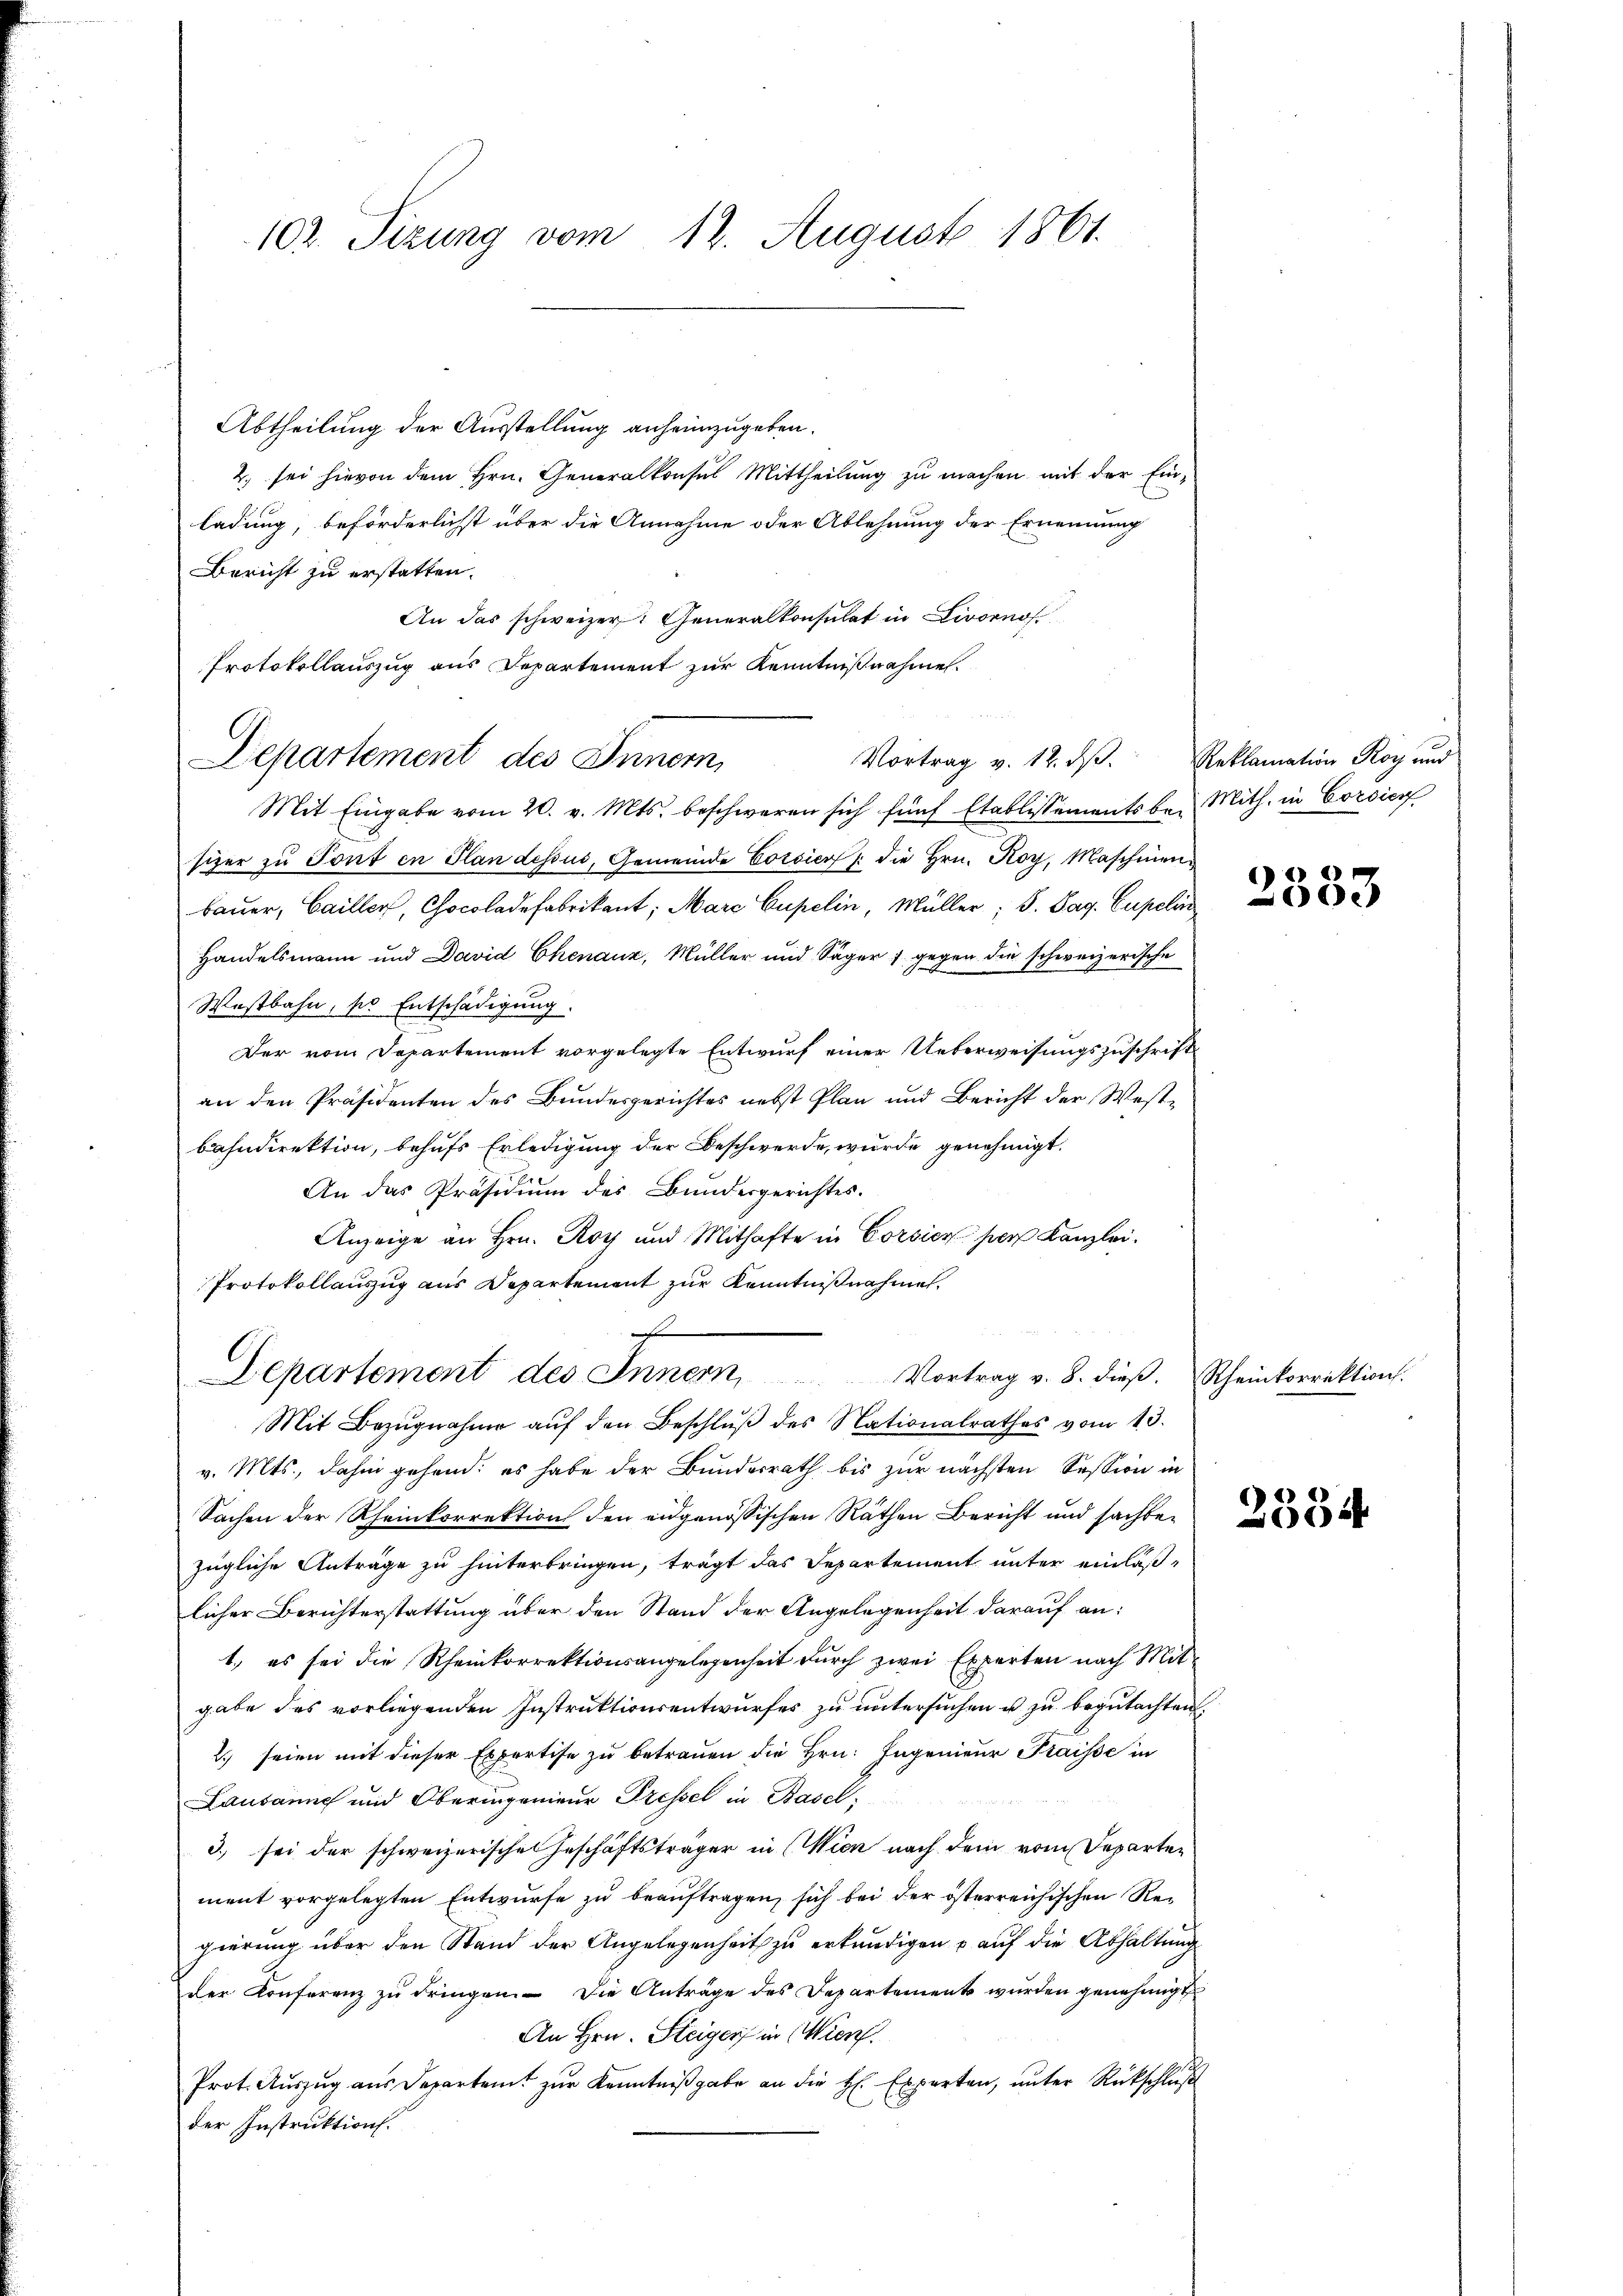
102. Sizung vom 12. August 1861.

Abtheilung der Ausstellung anheimzugeben.
2) sei hievon dem Hrn. Generalkonsul Mittheilung zu machen mit der Einladung, beförderlichst über die Annahme oder Ablehnung der Ernennung
Bericht zu erstatten.
An das schweizer: Generalkonsulat in Livorno
Protokollauszug aus Departement zur Kenntnißnahme.
Mit Eingabe vom 20. v. Mts. beschweren sich fünf Etablissements bei Mith. in Corsicof
sizer zu Tout in Plan dessus, Gemeinde Corsier /: die Hrn. Koy, Maschinen
bauer, Cailler, Chocoladefabrikant, Marc Cupelin, Müller; S. Pag. Cupelin
Handelsmann und David Chenauz, Müller und Säger  gegen die schweizerische
Westbahn, pr Entschädigung.
Der vom Departement vorgelegte Entwurf einer Ueberweisungszuschrift
an den Präsidenten des Bundesgerichtes nebst Plan und Bericht der Westbahndirektion, behufs Erledigung der Beschwerde, wurde genehmigt.
An das Präsidium des Bundesgerichtes.
Anzeige an Hrn. Roy und Mithafte in Corsier per Kanzlei.
Protokollauszug aus Departement zur Kenntnißnahmen.
f
Departement des Inner
Vortrag v. 8. dieß. Rheinkorrektion.
Mit Bezŭgnahme aŭf den Beschlŭβ des Nationalrathes vom 13.
v. Mts., dahin gehend: es habe der Bundesrath bis zur nächsten Session in
Sachen der Rheinkorrektion den eidgenössischen Räthen Bericht und sachten
zügliche Anträge zu hinterbringen, trägt das Departement unter einlaßlicher Berichterstattung über den Stand der Angelegenheit darauf an:
1.) es sei die Rheinkorrektionsangelegenheit durch zwei Experten nach Mit-
gabe des vorliegenden Instruktionsentwurfes zu untersuchen u. zu begutachten.
2.) seien mit dieser Expertise zu betrauen die Hrn. Ingenieur Fraisse in
Lausanne und Oberingenieur Pressel in Basel,
3) sei der schweizerische Geschäftsträger in Wien nach dem vom Departen
ment vorgelegten Entwurfe zu beauftragen, sich bei der österreichischen Regierung über den Stand der Angelegenheit zu erkundigen u auf die Abhaltung
der Konferenz zŭ dringen. Die Anträge des Departement wurden genehmigt
An Hrn. Steiger in Wien.
Prot. Aŭszŭg aŭs Departamt zŭr Kenntniβgabe an die H. Experten, unter Rückschluß
der Instruktion.

Departement des Innern,

Vortrag v. 12. dβ. Reklamation Roy und

de